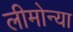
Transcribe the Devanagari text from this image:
लीमोन्या